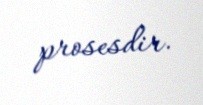
prosesdir.